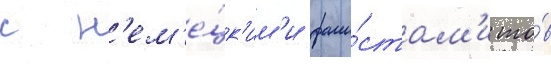
с н'ем'е́цк'им'и фаши́стам'и то́в